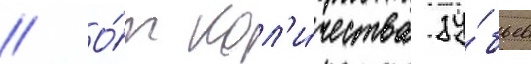
// О́т кол'и́чества зу́бьев